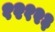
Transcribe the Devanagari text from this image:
१२१२३